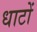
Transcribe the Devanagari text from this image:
धाटों